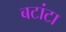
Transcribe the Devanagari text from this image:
बटांटा